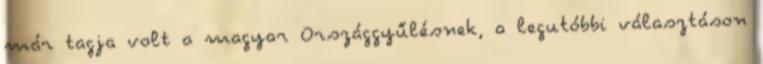
már tagja volt a magyar Országgyűlésnek, a legutóbbi választáson